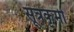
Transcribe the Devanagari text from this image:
सूत्रकृमी